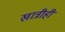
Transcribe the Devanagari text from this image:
खात्रीही